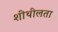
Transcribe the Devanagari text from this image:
शीथीलता